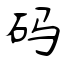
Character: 码